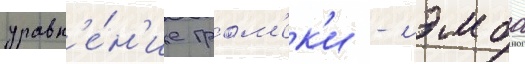
уравн'е́н'ие гром'ек'и - лэмба